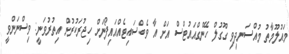
މައުލޫމާތު މުއްސަނދިވި ގޫގުލް ހޭންގްއައުޓްސް އަށް އާ ވެބްސައިޓެއްއައިފޯނަށް ހިޖުރަކުރުން އިތުރުވަނީ: ވިސްނަންވީ